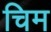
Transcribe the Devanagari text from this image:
चिम